Annual administration report of the Civil Veterinary Department of India - 1896-1897
Year: 1896
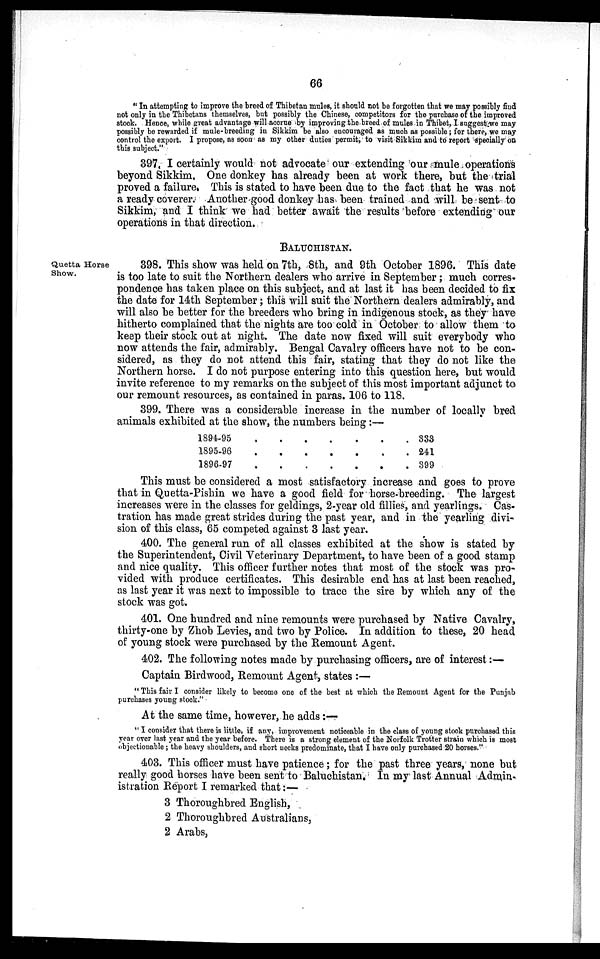
66
"In attempting to improve the breed of Thibetan mules, it should not be forgotten that we may possibly find
not only in the Thibetans themselves, but possibly the Chinese, competitors for the purchase of the improved
stock. Hence, while great advantage will accrue by improving the breed of mules in Thibet, I suggest we may
possibly be rewarded if mule-breeding in Sikkim be also encouraged as much as possible; for there, we may
control the export. I propose, as soon as my other duties permit, to visit Sikkim and to report specially on
this subject."
397, I certainly would not advocate our extending our mule operations
beyond Sikkim, One donkey has already been at work there, but the trial
proved a failure. This is stated to have been due to the fact that he was not
a ready coverer. Another good donkey has been trained and will be sent to
Sikkim, and I think we had better await the results before extending our
operations in that direction.
BALUCHISTAN.
Quetta Horse
Show.
398. This show was held on 7th, 8th, and 9th October 1896. This date
is too late to suit the Northern dealers who arrive in September; much corres-
pondence has taken place on this subject, and at last it has been decided to fix
the date for 14th September; this will suit the Northern dealers admirably, and
will also be better for the breeders who bring in indigenous stock, as they have
hitherto complained that the nights are too cold in October to allow them to
keep their stock out at night. The date now fixed will suit everybody who
now attends the fair, admirably. Bengal Cavalry officers have not to be con-
sidered, as they do not attend this fair, stating that they do not like the
Northern horse. I do not purpose entering into this question here, but would
invite reference to my remarks on the subject of this most important adjunct to
our remount resources, as contained in paras. 106 to 118.
399. There was a considerable increase in the number of locally bred
animals exhibited at the show, the numbers being:—
1894-95
1895-96
1896-97
.
.
.
.
.
.
.
.
.
.
.
.
.
.
.
.
.
.
. 333
. 241
. 399
This must be considered a most satisfactory increase and goes to prove
that in Quetta-Pishin we have a good field for horse-breeding. The largest
increases were in the classes for geldings, 2-year old fillies, and yearlings. Cas-
tration has made great strides during the past year, and in the yearling divi-
sion of this class, 65 competed against 3 last year.
400. The general run of all classes exhibited at the show is stated by
the Superintendent, Civil Veterinary Department, to have been of a good stamp
and nice quality. This officer further notes that most of the stock was pro-
vided with produce certificates. This desirable end has at last been reached,
as last year it was next to impossible to trace the sire by which any of the
stock was got.
401. One hundred and nine remounts were purchased by Native Cavalry,
thirty-one by Zhob Levies, and two by Police. In addition to these, 20 head
of young stock were purchased by the Remount Agent.
402. The following notes made by purchasing officers, are of interest:—
Captain Birdwood, Remount Agent, states:—
"This fair I consider likely to become one of the best at which the Remount Agent for the Punjab
purchases young stock."
At the same time, however, he adds:—
"I consider that there is little, if any, improvement noticeable in the class of young stock purchased this
year over last year and the year before. There is a strong element of the Norfolk Trotter strain which is most
objectionable; the heavy shoulders, and short necks predominate, that I have only purchased 20 horses."
403. This officer must have patience; for the past three years, none but
really good horses have been sent to Baluchistan. In my last Annual Admin-
istration Report I remarked that:—
3 Thoroughbred English,
2 Thoroughbred Australians,
2 Arabs,